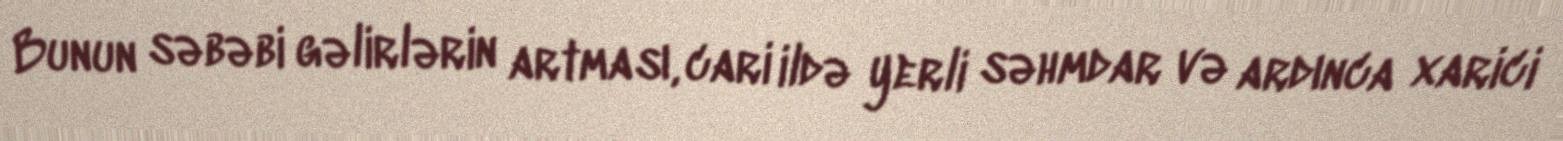
Bunun səbəbi gəlirlərin artması, cari ildə yerli səhmdar və ardınca xarici